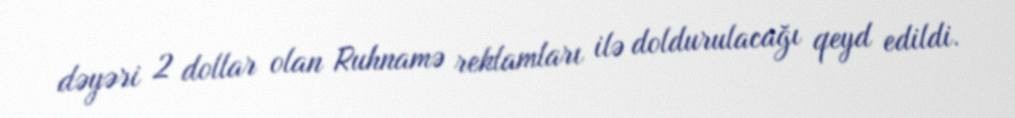
dəyəri 2 dollar olan Ruhnamə reklamları ilə doldurulacağı qeyd edildi.